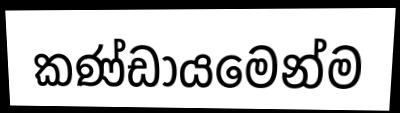
කණ්ඩායමෙන්ම